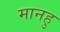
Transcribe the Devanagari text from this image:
मानहु